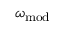
\omega _ { \mathrm { m o d } }